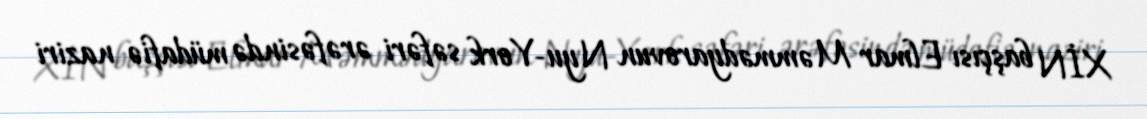
XİN başçısı Elmar Məmmədyarovun Nyu-York səfəri ərəfəsində müdafiə naziri